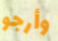
وأرجو